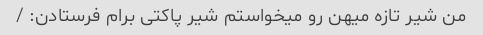
من شیر تازه میهن رو میخواستم شیر پاکتی برام فرستادن: /